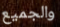
والجميع